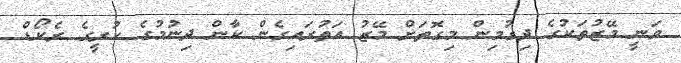
ވަނީ މޭޒުތަކުގެ ދިގުމިން މިގޮތަށް މޭޒު އަތުރައިގެން ކާން ދިނުމުގެ ކުރީގެ ރެކޯޑް